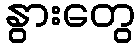
နွားတွေ